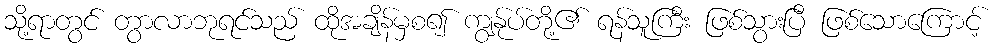
သို့ရာတွင် တွာလာဘုရင်သည် ထိုအချိန်မှစ၍ ကျွန်ုပ်တို့၏ ရန်သူကြီး ဖြစ်သွားပြီ ဖြစ်သောကြောင့်